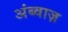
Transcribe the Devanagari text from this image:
अंब्वाज़